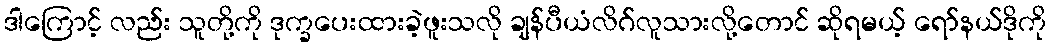
ဒါကြောင့် လည်း သူတို့ကို ဒုက္ခပေးထားခဲ့ဖူးသလို ချန်ပီယံလိဂ်လူသားလို့တောင် ဆိုရမယ့် ရော်နယ်ဒိုကို